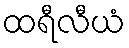
ထရီလီယံ